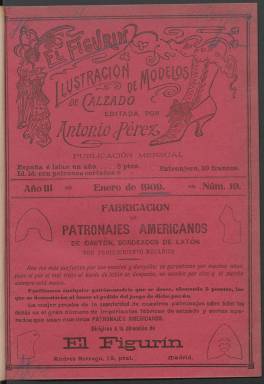
Título: El Figurín (Madrid)
Colección: Moda
Ámbito geográfico: Madrid
Lugar de publicación: Madrid
Fechas: 01/01/1909-31/12/1911